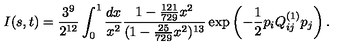
I ( s , t ) = \frac { 3 ^ { 9 } } { 2 ^ { 1 2 } } \int _ { 0 } ^ { 1 } \frac { d x } { x ^ { 2 } } \frac { 1 - \frac { 1 2 1 } { 7 2 9 } x ^ { 2 } } { ( 1 - \frac { 2 5 } { 7 2 9 } x ^ { 2 } ) ^ { 1 3 } } \exp \left( - \frac { 1 } { 2 } p _ { i } Q _ { i j } ^ { ( 1 ) } p _ { j } \right) .